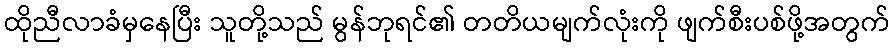
ထိုညီလာခံမှနေပြီး သူတို့သည် မွန်ဘုရင်၏ တတိယမျက်လုံးကို ဖျက်စီးပစ်ဖို့အတွက်